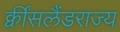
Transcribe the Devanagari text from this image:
क्वींसलैंडराज्य